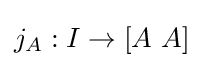
j_{A}:I\to \left[A\ A\right]